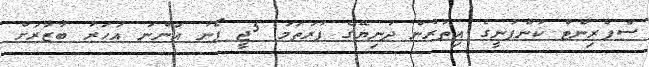
ސްޕްރިންޓް ކުންފުނީގެ އިތުރުން ދުނިޔޭގެ ފުރަތަމަ 5ޖީ ފޯނު އަންނަ އަހަރު ބާޒާރަށް